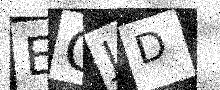
Text: EQJD